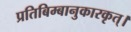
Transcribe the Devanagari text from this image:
प्रतिबिम्बानुकारकृत्‌।